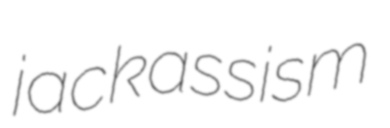
jackassism